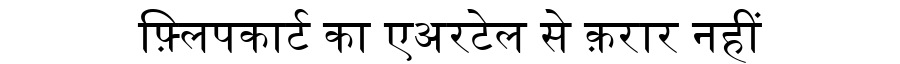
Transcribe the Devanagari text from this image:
फ़्लिपकार्ट का एअरटेल से क़रार नहीं